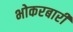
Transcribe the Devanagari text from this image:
भोकरबारी